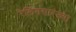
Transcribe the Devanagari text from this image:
रेलिंगसारख्या